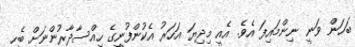
ބަހަން ވަނީ ނިންމައިފަ އެވެ. އެއީ މިދިޔަ އަހަރު އެކުންފުނީގެ ހިއްސާދާރުންނަށް ބެހި